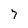
Character: 7